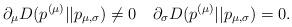
LaTeX: \begin{align*}\partial_\mu D(p^{(\mu)}||p_{\mu,\sigma}) \neq 0\quad\partial_\sigma D(p^{(\mu)}||p_{\mu,\sigma}) &= 0.\end{align*}